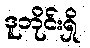
ဒူဘိုင်းရှိ